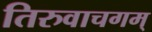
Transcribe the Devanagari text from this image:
तिरुवाचगम्‌